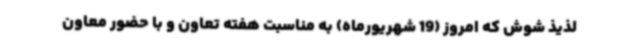
لذیذ شوش که امروز (19 شهریورماه) به مناسبت هفته تعاون و با حضور معاون